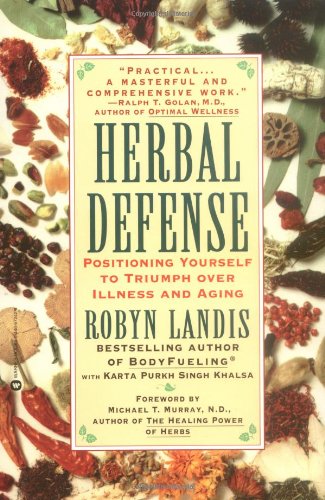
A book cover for Herbal Defense: Positioning Yourself to Triumph Over Illness and Aging; Robyn Landis; Health, Fitness & Dieting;